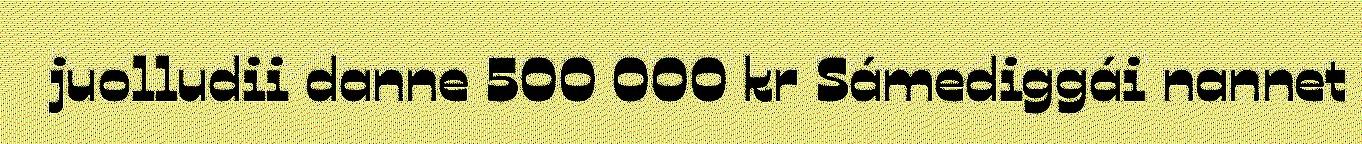
juolludii danne 500 000 kr Sámediggái nannet